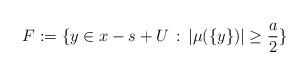
LaTeX: \begin{align*}F:= \{ y \in x-s+U \,:\, | \mu(\{y\}) | \geq \frac{a}{2} \}\end{align*}